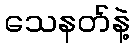
သေနတ်နဲ့